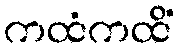
ကထံကထိံ